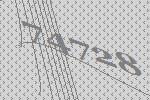
74728